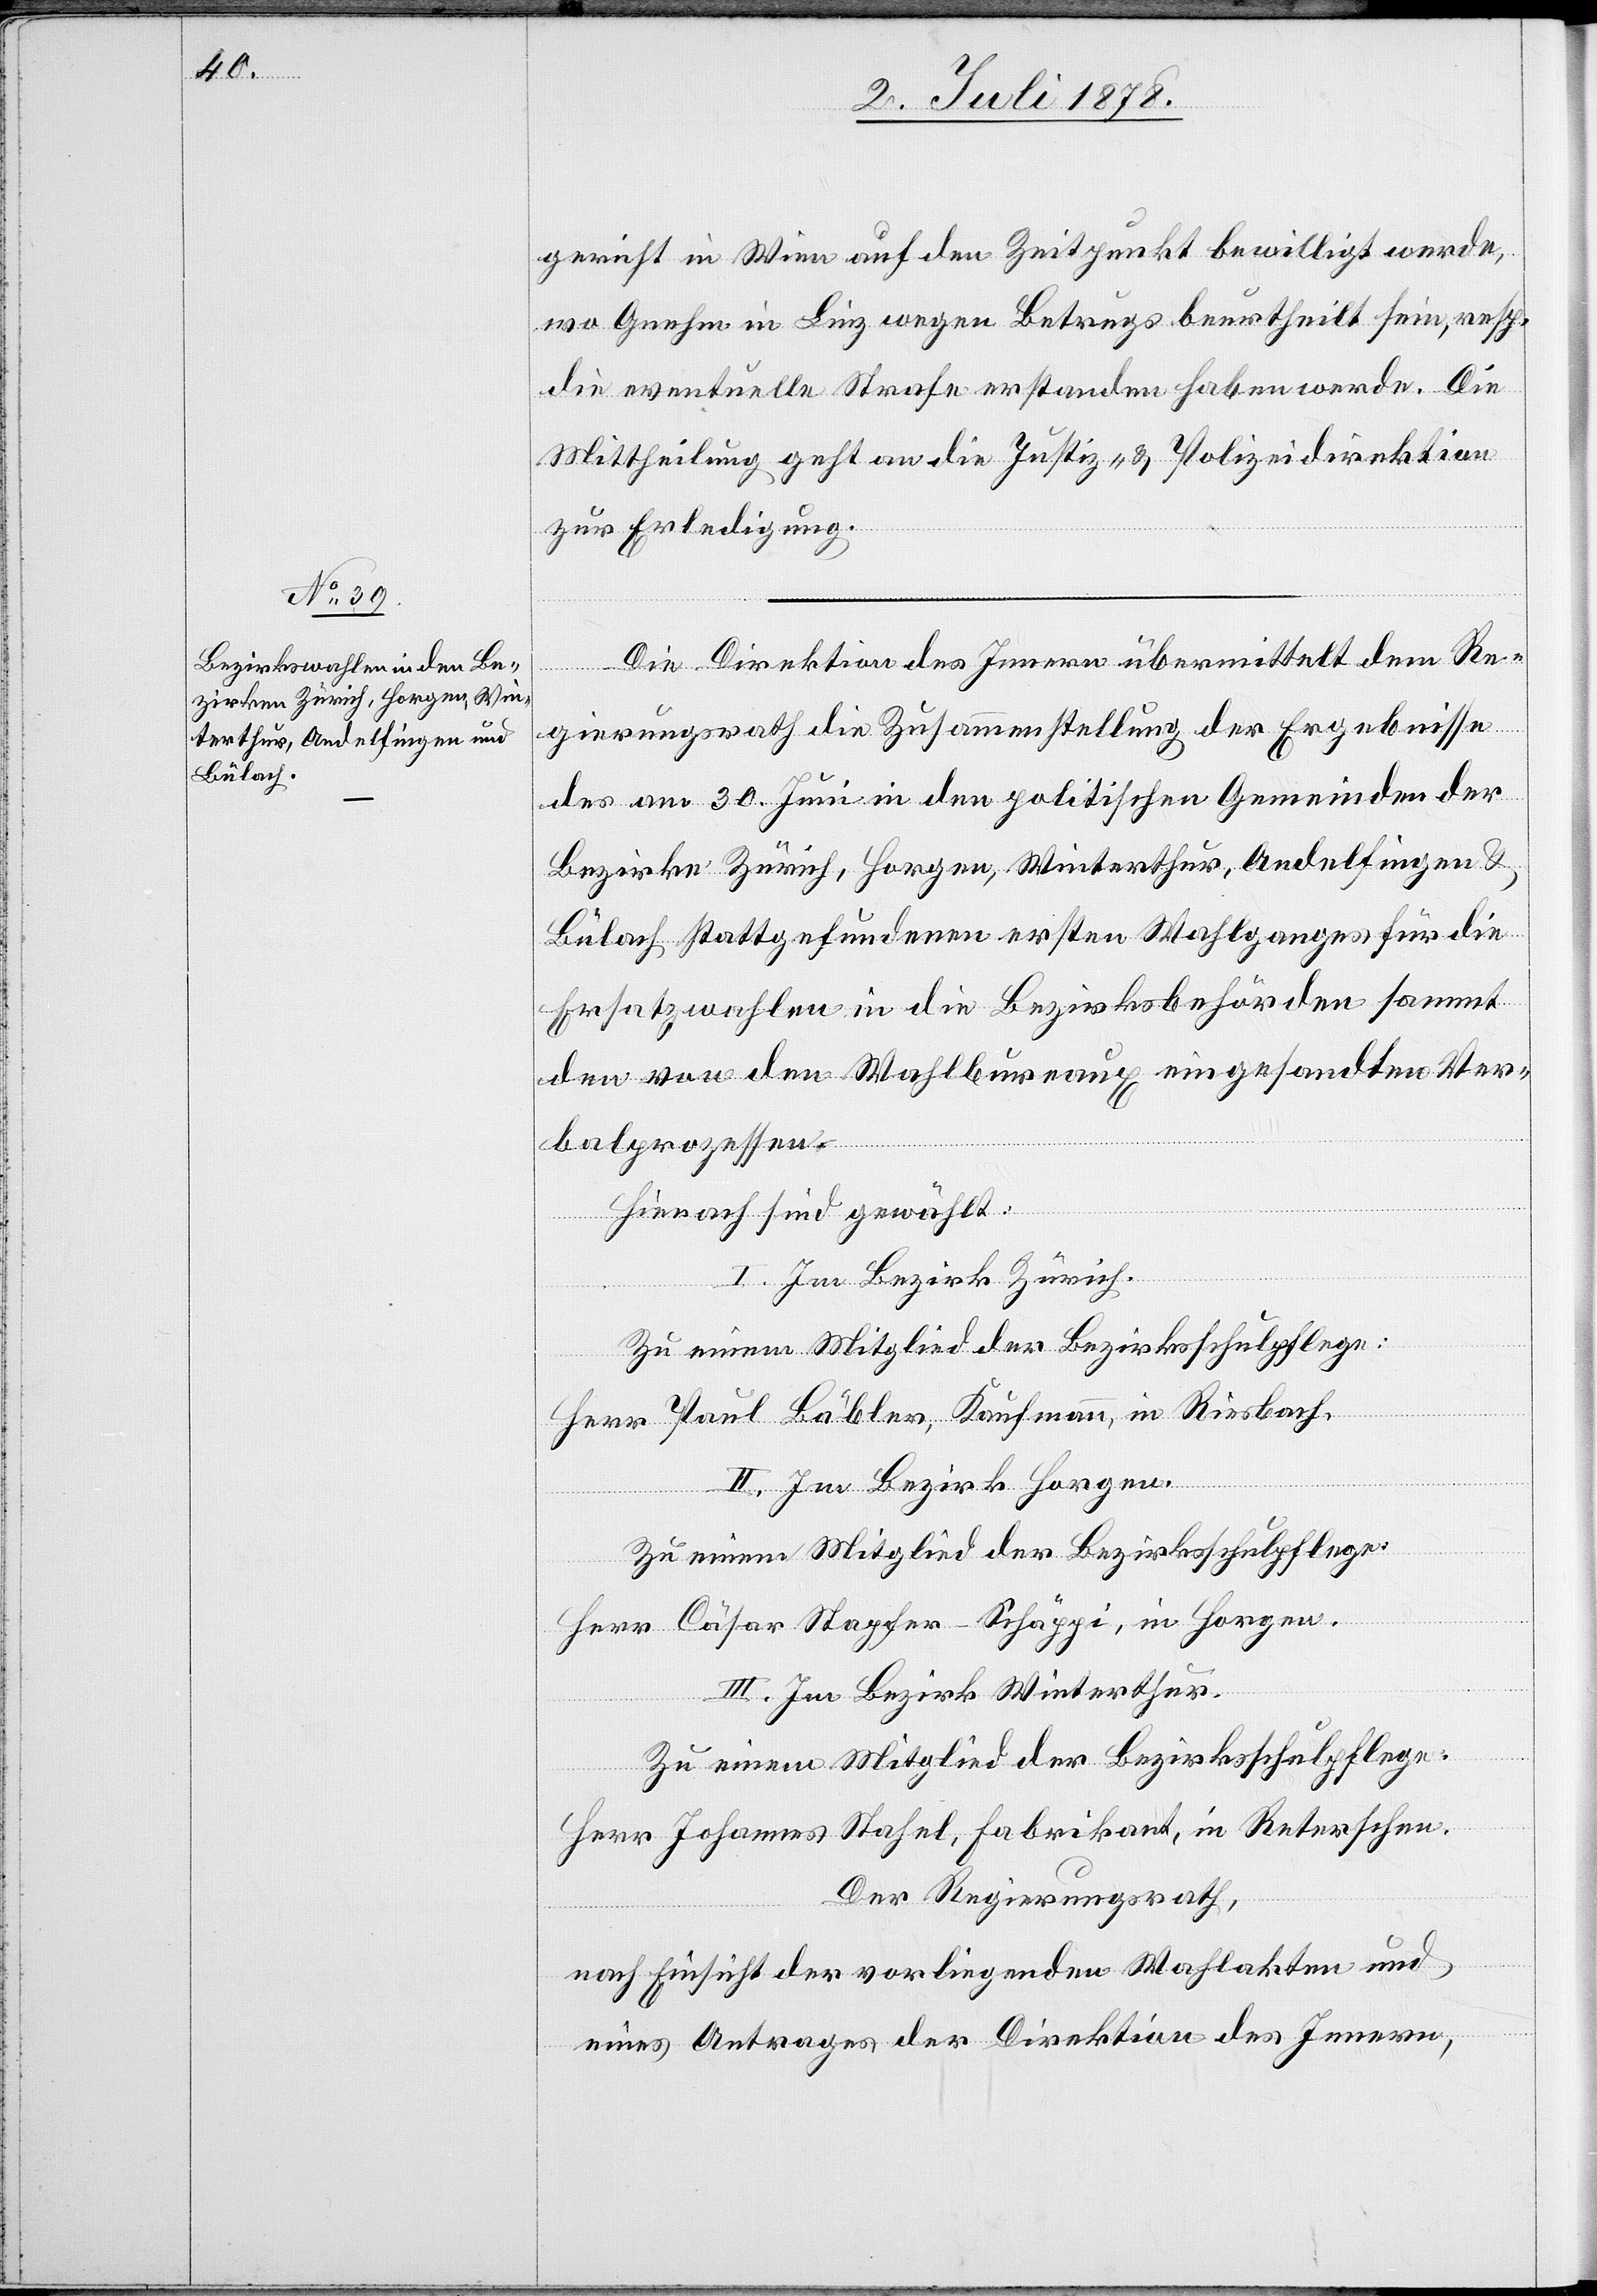
3. Juli 1878.]
gericht in Wien auf den Zeitpunkt bewilligt werde,
wo Gnehm in Linz wegen Betrugs beurtheilt sein, resp.
die eventuelle Strafe erstanden haben werde. Die
Mittheilung geht an die Justiz- & Polizeidirektion
zur Erledigung.
Die Direktion des Innern übermittelt dem Re¬
gierungsrath die Zusammenstellung der Ergebnisse
des am 30. Juni in den politischen Gemeinden der
Bezirke Zürich, Horgen, Winterthur, Andelfingen &
Bülach stattgefundenen ersten Wahlganges für die
Ersatzwahlen in die Bezirksbehörden sammt
den von den Wahlbureaux eingesandten Ver¬
balprozessen.
Hierauf sind gewählt:
I. Im Bezirk Zürich.
Zu einem Mitglied der Bezirksschulpflege:
Herr Paul Bäbler, Kaufmann, in Riesbach.
II. Im Bezirk Horgen.
Zu einem Mitglied der Bezirksschulpflege:
Herr Cäsar Stapfer-Schäppi, in Horgen.
III. Im Bezirk Winterthur.
Zu einem Mitglied der Bezirksschulpflege:
Herr Johannes Stahel, Fabrikant, in Reterschen.
Der Regierungsrath,
nach Einsicht der vorliegenden Wahlakten
eines Antrages der Direktion des Innern,

und